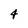
Character: 4